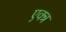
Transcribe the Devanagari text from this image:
एक्त्र